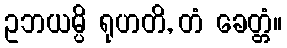
ဥဘယမ္ပိ ရုဟတိ, တံ ခေတ္တံ။